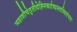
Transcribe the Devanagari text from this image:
त्र्यहाशौचेतृतीयेह्निकर्तव्यस्त्वस्थिसंचयः